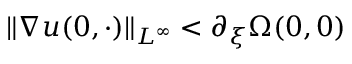
\| \nabla u ( 0 , \cdot ) \| _ { L ^ { \infty } } < \partial _ { \xi } \Omega ( 0 , 0 )